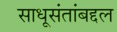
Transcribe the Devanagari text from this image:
साधूसंतांबद्दल